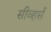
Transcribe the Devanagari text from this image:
सीव्हर्स